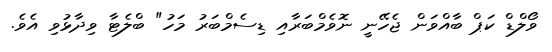
ވޯލްޑް ކަޕް ބާއްވަން ޖެހޭނީ ނޮވެމްބަރާއި ޑިސެމްބަރު މަހު" ބްލެޓާ ވިދާޅުވި އެވެ.